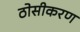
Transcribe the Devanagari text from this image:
ठोसीकरण